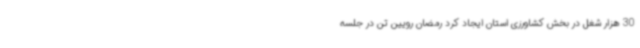
30 هزار شغل در بخش کشاورزی استان ایجاد کرد رمضان رویین تن در جلسه